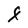
Character: F